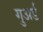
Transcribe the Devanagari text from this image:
गुअर्ड